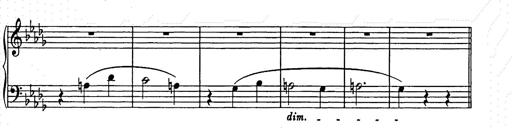
Title: Weihnachtsbaum
Composer: Franz Liszt